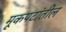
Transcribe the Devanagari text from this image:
मूकपटांतील